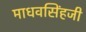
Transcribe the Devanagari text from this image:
माधवसिंहजी